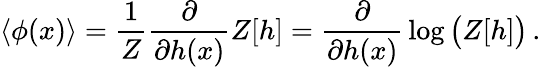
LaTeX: \left\langle\phi(x)\right\rangle={\frac{1}{Z}}{\frac{\partial}{\partial h(x)}}Z[h]={\frac{\partial}{\partial h(x)}}\log{\big(}Z[h]{\big)}\, .